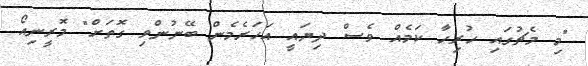
"މި މެޗުގައި ހުރިހާ ކަމެއް ވެސް ދިޔައީ އަހަރެމެން ބޭނުންވި ގޮތަށް" މޮރީނިއޯ